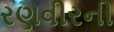
રણવીરની